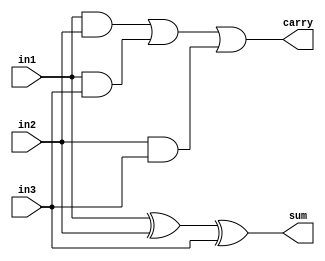
// This program was cloned from: https://github.com/acsl-technion/nica
// License: BSD 2-Clause "Simplified" License

module csa_32x3(
                input wire [31:0]  in1,
                input wire [31:0]  in2,
                input wire [31:0]  in3,
                output wire [31:0] sum,
                output wire [31:0] carry
                );

  assign sum = in1 ^ in2 ^ in3;
  assign carry = in1 & in2 | in1 & in3 | in2 & in3;

endmodule // csa_32x3